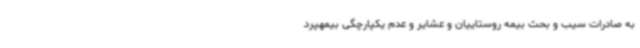
به صادرات سیب و بحث بیمه روستاییان و عشایر و عدم یکپارچگی بیمهپرد